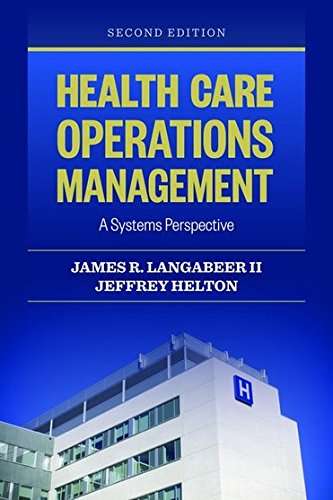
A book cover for Health Care Operations Management: A Systems Perspective; James R. Langabeer II; Medical Books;